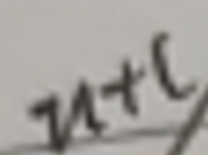
$u + c$